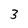
Character: 3